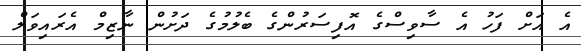
އެ އަށް ފަހު އެ ސާވިސްގެ އޮފިސަރުންގެ ބެލުމުގެ ދަށުން ނާޒިމް އެރައިވަލް